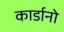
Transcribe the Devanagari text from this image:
कार्डानो